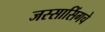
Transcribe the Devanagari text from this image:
जस्सासिंगचे